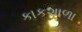
કાકશાળા